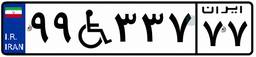
۹۹W۳۳۷۷۷